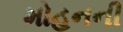
મોહનની